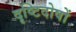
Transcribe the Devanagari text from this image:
दृष्टिदोषों